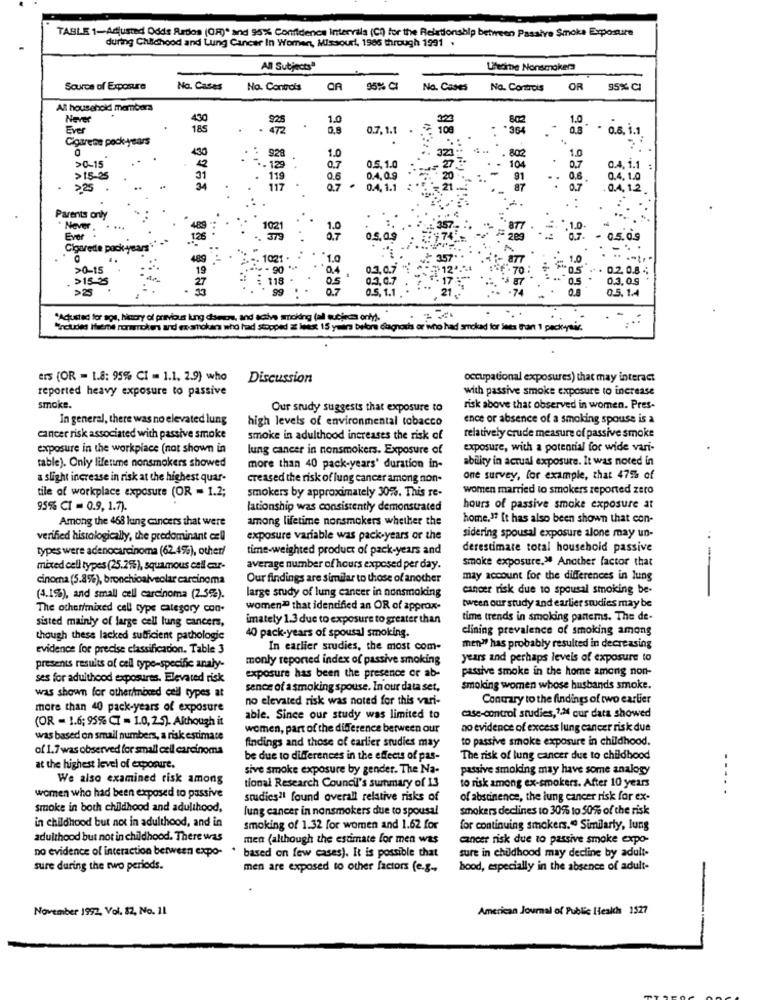
TABLE 1-Adjusted Odds Redos (OR)* and 95% Confidence Intervals (Ch) for the Relationship between Passive Smoke Exposure
during Childhood and Lung Cancer In Women, Missouri, 1986 through 1991 .
All Subjectsª
Laedirne Nonsmokers
Source of Exposure
No. Cases
No. Controls
CA
95% CI
No. Cases
No. Controls
OR
95% CI
All household members
Never
430
1.0
1.0
Ever
185
.
0.8
0.7. 1.
*0.6, i.1
Cigarene pock-years
.
430
>0-15
928
1.0
32
802
1.0
. 129 :
0,7
0.5. 1.0
104
0.7
0.4. 1.1
>15-25
31
. 1
0.6
0.4,0.9
20
91
0.4. 1.0
>25 .
117
.
0.7 ª
0.4.1.1
0.7
0.4. 1.2
Parents only
Never
. ...
877
1.0
Ever
1021
05.09
- 0.5.09
Cigarede pac
-- 1021 .
>0-15
19
0.4
03.0.7
70
0.2.0.8 €
>15-25
03.0.7
0.3. 0.9
> 25
99
0.5.1.1
05. 1.4
"Actuated for agu, hiscry of previous kung damos, and active sticking (all subjects only)."
"holdes theme nonration and ex anders who had stopped at least 15 years before dagnosis or who had smoked for Sets than 1 peckytic.
ers (OR - 1.8: 95% CI = 1.1. 2.9) who
Discussion
occupational exposures) that may interact
reported heavy exposure to passive
with passive smoke exposure to increase
smoke.
Our study suggests that exposure to
risk above that observed in women. Pres-
In general, there was no elevated lung
high levels of environmental tobacco
ence or absence of a smoking spouse is a
cancer risk associated with passive smoke
smoke in adulthood increases the risk of
relatively crude measure of passive smoke
exposure in the workplace (not shown in
lung cancer in nonsmokers. Exposure of
exposure, with a potential for wide vari-
ability in actual exposure. It was noted in
table). Only lifetime nonsmokers showed
more than 40 pack-years' duration in-
a slight increase in risk at the highest quar-
creased the risk of lung cancer among non-
one survey, for example, that 47% of
smokers by approximately 30%. This re-
women married to smokers reported zero
tile of workplace exposure (OR = 1.2;
95% CI = 0.9. 1.7).
lationship was consistently demonstrated
hours of passive smoke exposure at
Among the 468 lung cancers that were
among lifetime nonsmokers whether the
home,17 It has also been shown that con-
verified histologically, the predominant all
exposure variable was pack-years or the
sidering spousal exposure alone may un-
types were adenocarcinoma (62.4%), other/
time-weighted product of pack-years and
derestimate total household passive
smoke exposure.> Another factor that
mixed cell types (25.2%), squamous cell ar-
average number of hours exposed per day.
-
cinoma (5.8%), bronchioalveolar carcinoma
Our findings are similar to those of another
may account for the differences in lung
cancer risk due to spousal smoking be-
(4.1%), and small cell carcinoma (2.5%).
large study of lung cancer in nonsmoking
The other/mixed cell type category con-
women" that identified an OR of approx-
tween our study and earlier studies may be
sisted mainly of large cell lung cancers,
imately 1.3 due to exposure to greater than
time trends in smoking partems. The de-
clining prevalence of smoking among
though these lacked sufficient pathologie
40 pack-years of spousal smoking.
evidence for precise classification. Table 3
In earlier studies, the most com-
men" has probably resulted in decreasing
monly reported index of passive smoking
years and perhaps levels of exposure to
presents results of cell type-specific analy-
exposure has been the presence or ab-
passive smoke in the home among non-
ses for adulthood exposures. Elevated risk
sence of a smoking spouse. In our data set,
smoking women whose husbands smoke.
was shown for other/mixed ceil types at
no elevated risk was noted for this vari-
Contrary to the findings of two earlier
more than 40 pack-years of exposure
(OR - 1.6; 95% CT - 1.0, 2.5). Although it
able. Since our study was limited to
case-control studies,2.ª cur data showed
women, part of the difference between our
no evidence of excess lung cancer risk due
was based on small numbers, a risk estimate
to passive smoke exposure in childhood.
of 1.7 was observed for small cell carcinoma
findings and those of carlier studies may
be due to differences in the effects of pas-
The risk of lung cancer due to childhood
at the highest level of exposure.
sive smoke exposure by gender. The Na-
passive smoking may have some analogy
We also examined risk among
tional Research Council's summary of 13
to risk among ex-smokers. After 10 years
-...
women who had been exposed to passive
studies"1 found overall relative risks of
of abstinence, the lung cancer risk for ex-
smoke in both childhood and adulthood,
lung cancer in nonsmokers due to spousal
smokers declines to 30% to 50% of the risk
in childhood but not in adulthood, and in
smoking of 1.32 for women and 1.62 for
for continuing smokers." Similarly, lung
adulthood but not in childhood. There was
men (although the estimate for men was
cancer risk due to passive smoke expo-
no evidence of interaction between expo- .
based on few cases). It is possible that
sure in childhood may decline by adult-
sure during the two periods.
men are exposed to other factors (e.g.
bood, especially in the absence of adult-
November 1992, Vol. 82, No. 11
American Journal of Public Health 1527